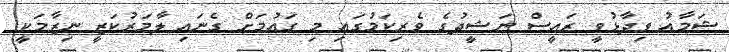
ޝަމާއު ވިދާޅުވީ ރައީސް ނަޝީދުގެ ވެރިކަމުގައި މި ގައުމަށް ގެނައި ލާމަރުކަޒީ ނިޒާމަކީ